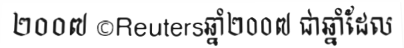
២០០៧ ©Reutersឆ្នាំ២០០៧ ជាឆ្នាំដែល